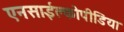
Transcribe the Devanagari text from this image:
एनसाईक्लोपीडिया